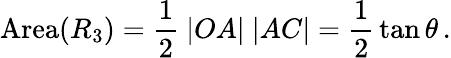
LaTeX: \mathrm{Area}(R_{3})={\frac{1}{2}}\ |OA|\ |AC|={\frac{1}{2}}\tan\theta\, .